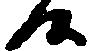
候